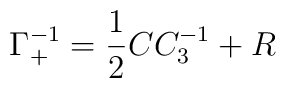
\Gamma_+^{-1} = {1 \over 2} C C_3^{-1} + R